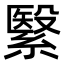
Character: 繄